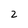
Character: 2